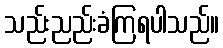
သည်းညည်းခံကြရပါသည်။